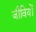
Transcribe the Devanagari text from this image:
जीवियों